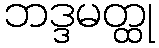
ဘဒ္ဒမတ္ထု